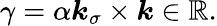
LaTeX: \gamma=\alpha\boldsymbol{k}_{\sigma}\times\boldsymbol{k}\in\mathbb{R}.